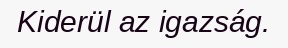
Kiderül az igazság.